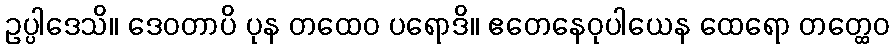
ဥပ္ပါဒေသိ။ ဒေဝတာပိ ပုန တထေဝ ပရောဒိ။ ဧတေနေဝုပါယေန ထေရော တတ္ထေဝ